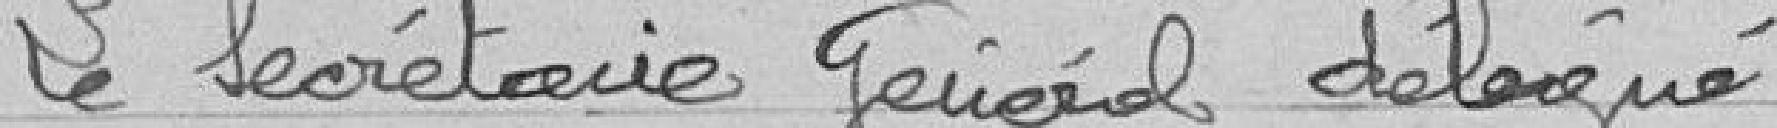
Le secrétaire Général délégué